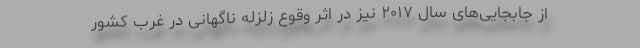
از جابجایی‌های سال ۲۰۱۷ نیز در اثر وقوع زلزله ناگهانی در غرب کشور